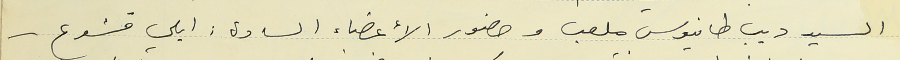
السيد ديب طانيوس ملعب وحضور الأعضاء السادة: ايلي قشوع -